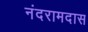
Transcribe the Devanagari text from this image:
नंदरामदास